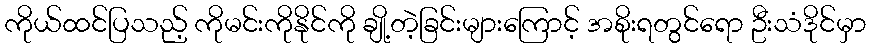
ကိုယ်ထင်ပြသည့် ကိုမင်းကိုနိုင်ကို ချို့တဲ့ခြင်းများကြောင့် အစိုးရတွင်ရော ဦးသံဒိုင်မှာ